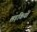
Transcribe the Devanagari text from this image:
लड़कियों